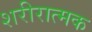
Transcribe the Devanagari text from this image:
शरीरात्मक